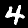
Digit: 4